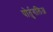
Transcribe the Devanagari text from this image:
पोर्तुगलिअ